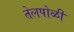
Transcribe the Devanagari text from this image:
तेलपोळी